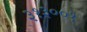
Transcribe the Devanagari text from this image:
३१३००१